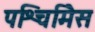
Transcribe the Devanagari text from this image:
पश्चिमिेस